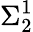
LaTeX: \Sigma_{2}^{1}